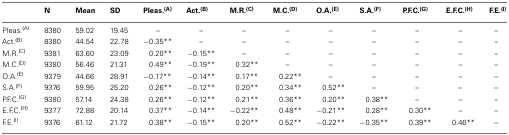
|  | N | Mean | SD | Pleas.(A) | Act.(B) | M.R.(C) | M.C.(D) | O.A.(E) | S.A.(F) | P.F.C.(G) | E.F.C.(H) | F.E.(I) |
 | --- | --- | --- | --- | --- | --- | --- | --- | --- | --- | --- | --- | --- |
 | Pleas.(A) | 8380 | 59.02 | 19.45 | – | – | – | – | – | – | – | – | – |
 | Act.(B) | 8380 | 44.54 | 22.78 | −0.35** | – | – | – | – | – | – | – | – |
 | M.R.(C) | 9381 | 63.60 | 23.09 | 0.20** | −0.15** | – | – | – | – | – | – | – |
 | M.C.(D) | 9380 | 56.46 | 21.31 | 0.49** | −0.19** | 0.32** | – | – | – | – | – | – |
 | O.A.(E) | 9379 | 44.66 | 28.91 | −0.17** | −0.14** | 0.17** | 0.22** | – | – | – | – | – |
 | S.A.(F) | 9376 | 59.95 | 25.20 | 0.26** | −0.12** | 0.20** | 0.34** | 0.52** | – | – | – | – |
 | P.F.C.(G) | 9380 | 57.14 | 24.38 | 0.26** | −0.12** | 0.21** | 0.36** | 0.20** | 0.38** | – | – | – |
 | E.F.C.(H) | 9377 | 72.88 | 20.14 | 0.37** | −0.14** | −0.22** | 0.48** | −0.21** | 0.28** | 0.30** | – | – |
 | F.E.(I) | 9376 | 61.12 | 21.72 | 0.38** | −0.15** | 0.20** | 0.52** | −0.22** | −0.35** | 0.39** | 0.46** | – |